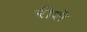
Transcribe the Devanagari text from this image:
रीशे